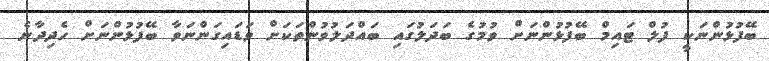
ބޭފުޅުންނަކީ ފުލް ޓައިމް ބޭފުޅުންނަށް ވުމުގެ ބަދަލުގައި ބައްދަލުވުންތަކަށް ވަޑައިގަންނަވާ ބޭފުޅުންނަށް ހެދިދާނެ